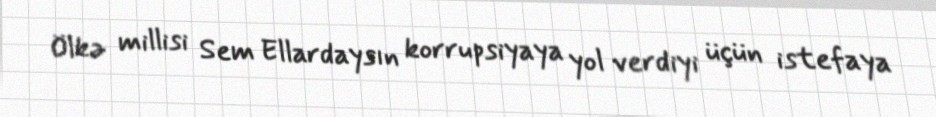
Ölkə millisi Sem Ellardaysın korrupsiyaya yol verdiyi üçün istefaya